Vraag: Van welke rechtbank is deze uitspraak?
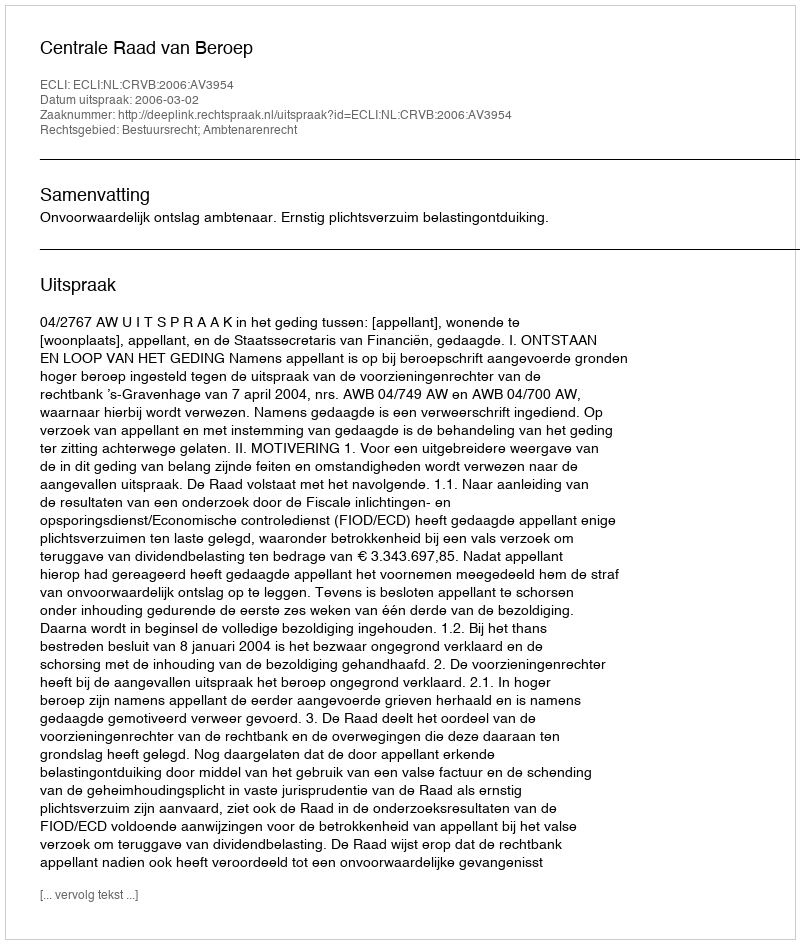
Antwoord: Centrale Raad van Beroep